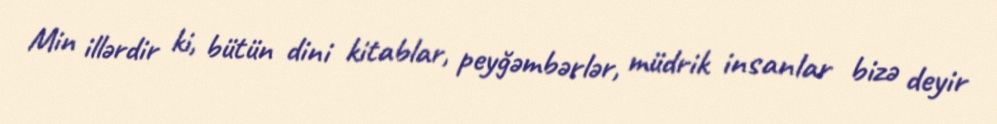
Min illərdir ki, bütün dini kitablar, peyğəmbərlər, müdrik insanlar bizə deyir